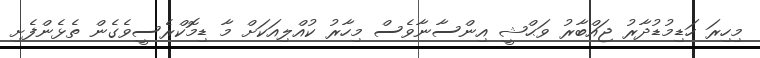
މިހިރަ ހަޑިމުޑުދާރު ޖައްބާރު ވަޙްޝީ އިންސާނާވެސް މިހާރު ކުއްލިއަކަށް މާ ޑިމޮކްރެސީވެގެން ތެޅެންފެށި